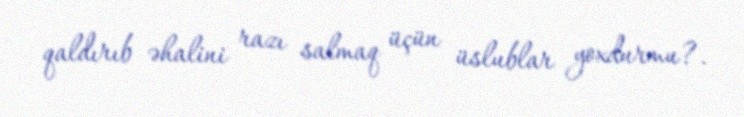
qaldırıb əhalini razı salmaq üçün üslublar yoxdurmu?.